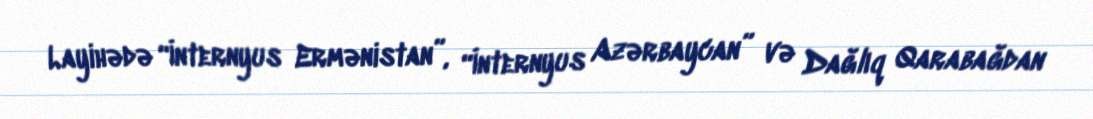
Layihədə “İnternyus Ermənistan”, “İnternyus Azərbaycan” və Dağlıq Qarabağdan